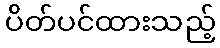
ပိတ်ပင်ထားသည့်